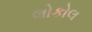
લોકોલ